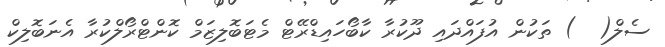
ސެލް(  ) ތަކުން އުފައްދައި ދޫކުރާ ކާބޯހައިޑްރޭޓް މެޓަބޮލިޒަމް ކޮންޓްރޯލްކުރާ އެނަބޮލިކް